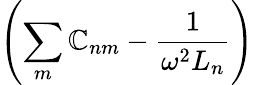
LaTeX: \left(\sum_{m}\mathbb{C}_{nm}-\frac{{1}}{{\omega^{2}L_{n}}}\right)